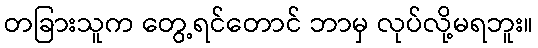
တခြားသူက တွေ့ရင်တောင် ဘာမှ လုပ်လို့မရဘူး။